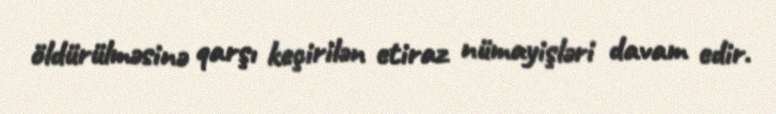
öldürülməsinə qarşı keçirilən etiraz nümayişləri davam edir.